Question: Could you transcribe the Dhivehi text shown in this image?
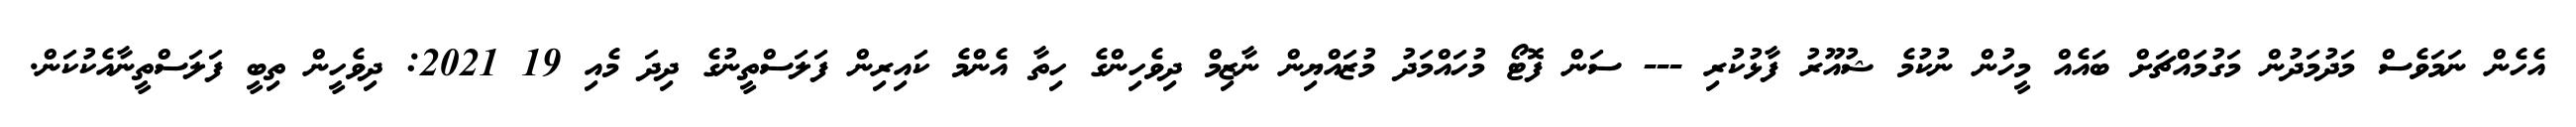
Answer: އެހެން ނަމަވެސް މަދުމަދުން މަގުމައްޗަށް ބައެއް މީހުން ނުކުމެ ޝުއޫރު ފާޅުކުރި --- ސަން ފޮޓޯ މުހައްމަދު މުޒައްޔިން ނާޒިމް ދިވެހިންގެ ހިތާ އެންމެ ކައިރިން ފަލަސްތީނުގެ ދިދަ މެއި 19 2021: ދިވެހީން ތިބީ ފަލަސްތީނާއެކުކަން.